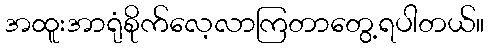
အထူးအာရုံစိုက်လေ့လာကြတာတွေ့ရပါတယ်။